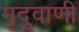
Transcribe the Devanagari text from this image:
मृदुवाणी